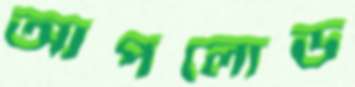
আপলোড